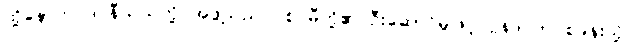
ထို့နောက် ဒင်နီယယ်တို့ အဖွဲ့သည် ပစ်ဂမီတို့၏ ဦးဆောင်မှုဖြင့် ဂွန်ဒါလာ စခန်းသို့